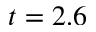
t = 2 . 6